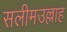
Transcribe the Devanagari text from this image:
सलीमउल्लाह